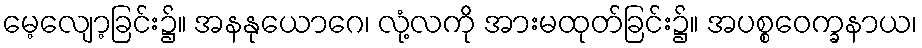
မေ့လျော့ခြင်း၌။ အနနုယောဂေ၊ လုံ့လကို အားမထုတ်ခြင်း၌။ အပစ္စဝေက္ခနာယ၊